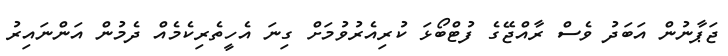
ޖަޕާނުން އަބަދު ވެސް ރާއްޖޭގެ ފުޓްބޯޅަ ކުރިއެރުވުމަށް ގިނަ އެހީތެރިކެމެއް ދެމުން އަންނައިރު